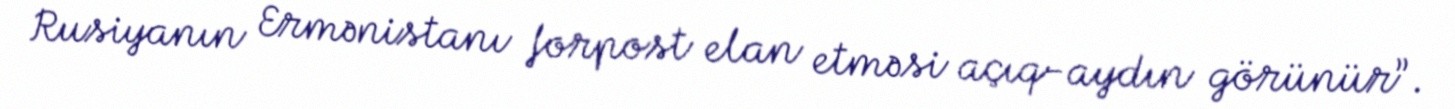
Rusiyanın Ermənistanı forpost elan etməsi açıq-aydın görünür”.